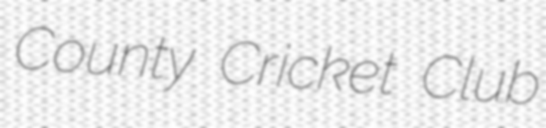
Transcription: County Cricket Club